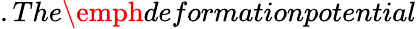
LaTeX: .The\emph{deformationpotential}